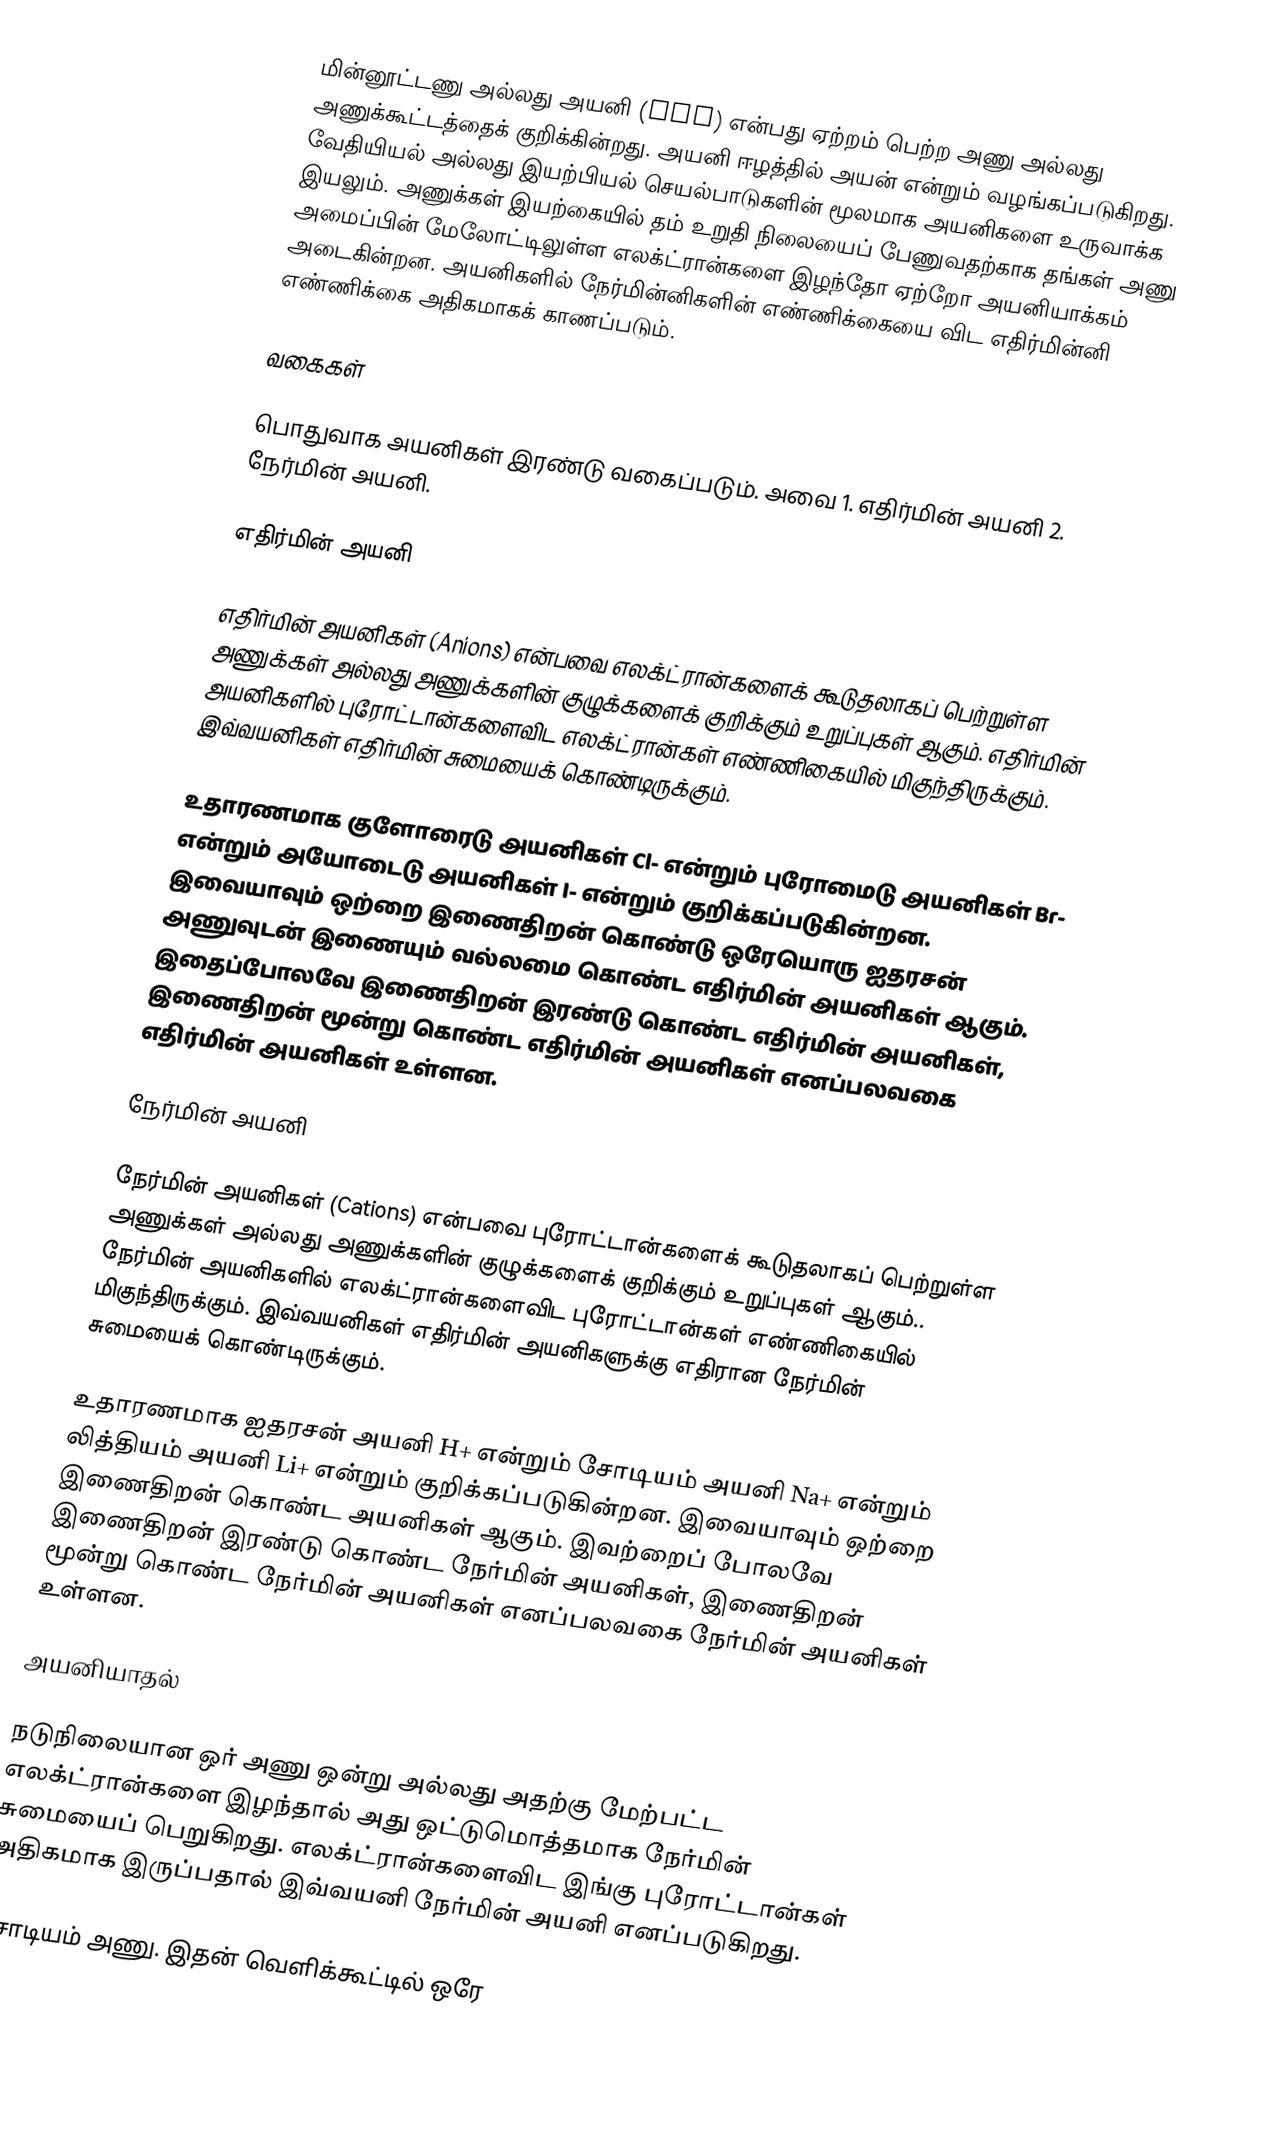
மின்னூட்டணு அல்லது அயனி (Ion) என்பது  ஏற்றம் பெற்ற அணு அல்லது அணுக்கூட்டத்தைக் குறிக்கின்றது. அயனி ஈழத்தில் அயன்  என்றும் வழங்கப்படுகிறது. வேதியியல் அல்லது இயற்பியல் செயல்பாடுகளின் மூலமாக அயனிகளை உருவாக்க இயலும். அணுக்கள் இயற்கையில் தம் உறுதி நிலையைப் பேணுவதற்காக தங்கள் அணு அமைப்பின் மேலோட்டிலுள்ள எலக்ட்ரான்களை இழந்தோ ஏற்றோ அயனியாக்கம் அடைகின்றன. அயனிகளில் நேர்மின்னிகளின் எண்ணிக்கையை விட எதிர்மின்னி எண்ணிக்கை அதிகமாகக் காணப்படும்.

வகைகள்

பொதுவாக அயனிகள் இரண்டு வகைப்படும். அவை 1. எதிர்மின் அயனி 2. நேர்மின் அயனி.

எதிர்மின் அயனி

எதிர்மின் அயனிகள் (Anions) என்பவை எலக்ட்ரான்களைக் கூடுதலாகப் பெற்றுள்ள அணுக்கள் அல்லது அணுக்களின் குழுக்களைக் குறிக்கும் உறுப்புகள் ஆகும். எதிர்மின் அயனிகளில் புரோட்டான்களைவிட எலக்ட்ரான்கள் எண்ணிகையில் மிகுந்திருக்கும். இவ்வயனிகள் எதிர்மின் சுமையைக் கொண்டிருக்கும்.

உதாரணமாக குளோரைடு அயனிகள் Cl- என்றும் புரோமைடு அயனிகள் Br- என்றும் அயோடைடு அயனிகள் I- என்றும் குறிக்கப்படுகின்றன. இவையாவும் ஒற்றை இணைதிறன் கொண்டு ஒரேயொரு ஐதரசன் அணுவுடன் இணையும் வல்லமை கொண்ட எதிர்மின் அயனிகள் ஆகும். இதைப்போலவே இணைதிறன் இரண்டு கொண்ட எதிர்மின் அயனிகள், இணைதிறன் மூன்று கொண்ட எதிர்மின் அயனிகள் எனப்பலவகை எதிர்மின் அயனிகள் உள்ளன.

நேர்மின் அயனி

நேர்மின் அயனிகள் (Cations) என்பவை புரோட்டான்களைக் கூடுதலாகப் பெற்றுள்ள அணுக்கள் அல்லது அணுக்களின் குழுக்களைக் குறிக்கும் உறுப்புகள் ஆகும்.. நேர்மின் அயனிகளில் எலக்ட்ரான்களைவிட புரோட்டான்கள் எண்ணிகையில் மிகுந்திருக்கும். இவ்வயனிகள் எதிர்மின் அயனிகளுக்கு எதிரான நேர்மின் சுமையைக் கொண்டிருக்கும்.

உதாரணமாக ஐதரசன் அயனி H+ என்றும் சோடியம்  அயனி Na+ என்றும் லித்தியம் அயனி Li+ என்றும் குறிக்கப்படுகின்றன. இவையாவும் ஒற்றை இணைதிறன் கொண்ட அயனிகள் ஆகும். இவற்றைப் போலவே இணைதிறன் இரண்டு கொண்ட நேர்மின் அயனிகள், இணைதிறன் மூன்று கொண்ட நேர்மின் அயனிகள் எனப்பலவகை நேர்மின் அயனிகள் உள்ளன.

அயனியாதல்

நடுநிலையான ஒர் அணு ஒன்று அல்லது அதற்கு மேற்பட்ட எலக்ட்ரான்களை இழந்தால் அது ஒட்டுமொத்தமாக நேர்மின் சுமையைப் பெறுகிறது. எலக்ட்ரான்களைவிட இங்கு புரோட்டான்கள் அதிகமாக இருப்பதால் இவ்வயனி நேர்மின் அயனி எனப்படுகிறது.

 சோடியம் அணு. இதன் வெளிக்கூட்டில் ஒரே